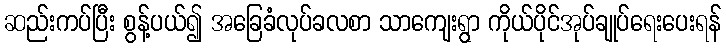
ဆည်းကပ်ပြီး စွန့်ပယ်၍ အခြေခံလုပ်ခလစာ သာကျေးရွာ ကိုယ်ပိုင်အုပ်ချုပ်ရေးပေးရန်